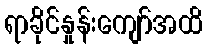
ရာခိုင်နှုန်းကျော်အထိ